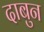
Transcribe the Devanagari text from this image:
दाबुन